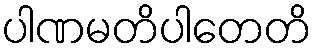
ပါဏမတိပါတေတိ